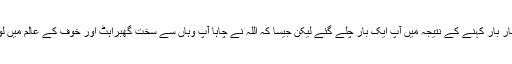
ان کے بار بار کہنے کے نتیجہ میں آپؐ ایک بار چلے گئے لیکن جیسا کہ اللہ نے چاہا آپؐ وہاں سے سخت گھبراہٹ اور خوف کے عالم میں لوٹ آئے۔